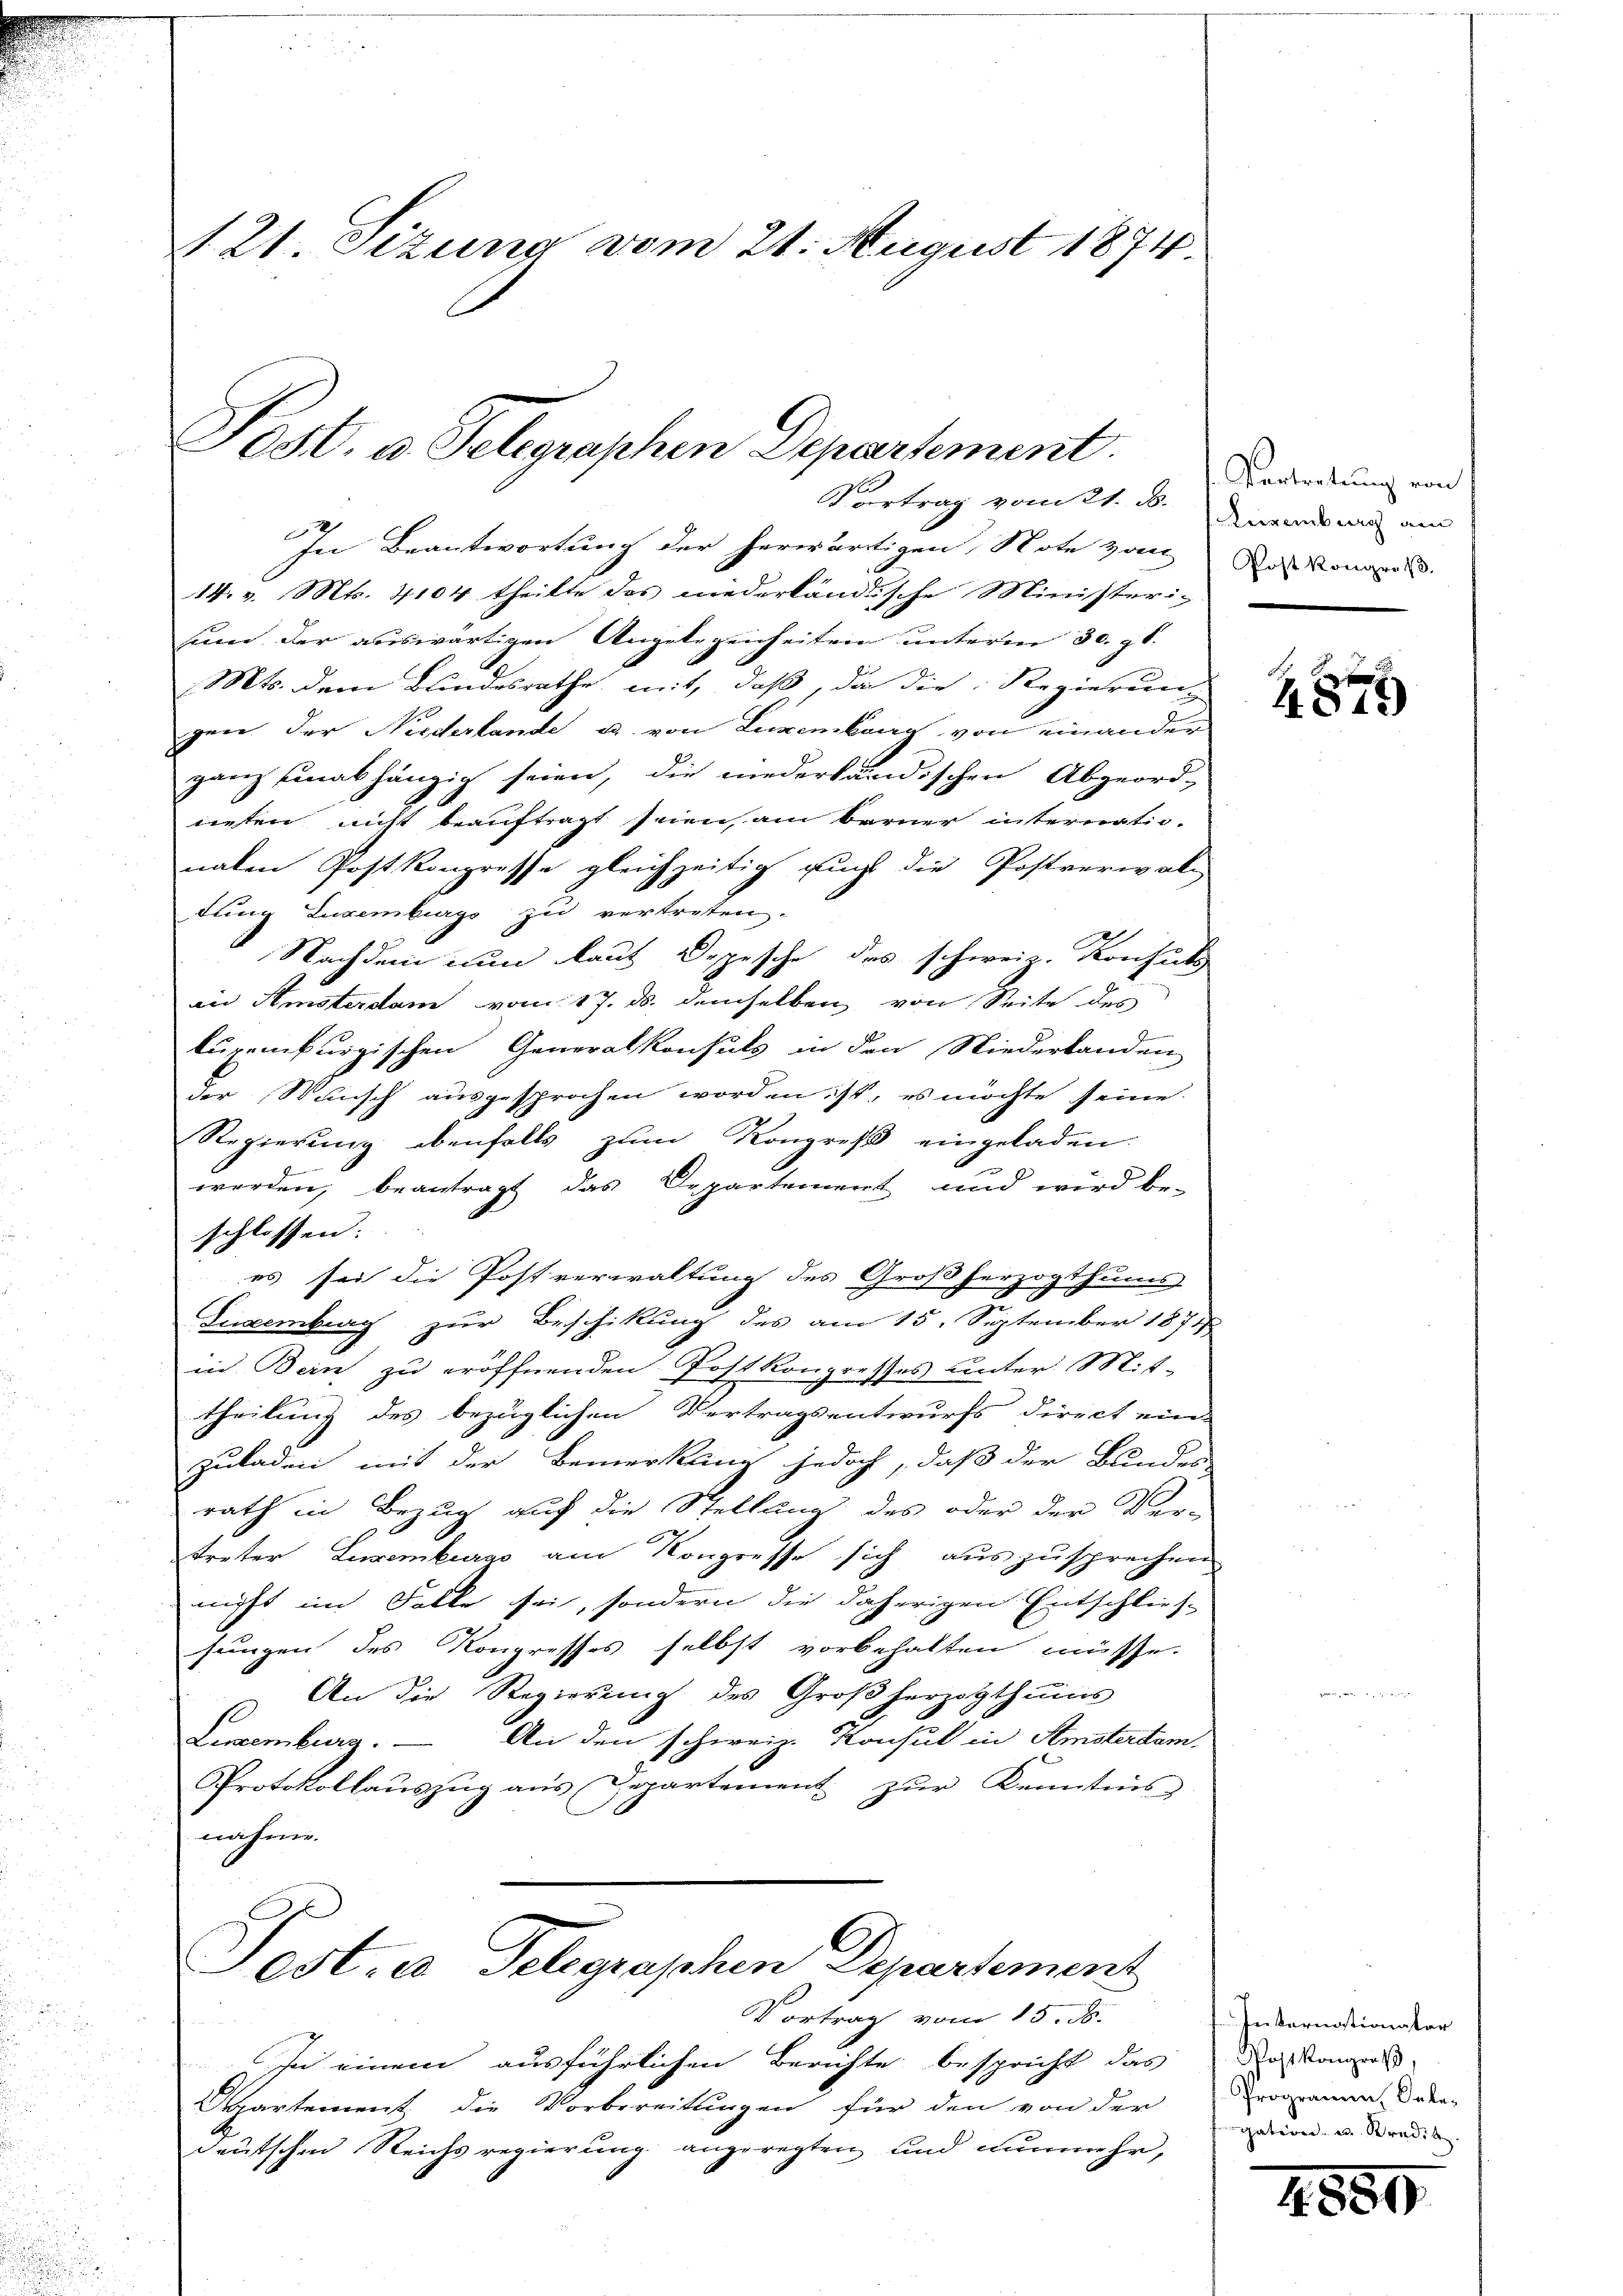
121. Setzung vom 21. August 1874.

Fost. a. Telegraphen Departement

Vortrag vom 21. d. Augensrich am
In Beantwortung der herwärtigen, Note von
14. v. Mts. 4104 theilte des niederländische Ministeri-
sum der auswärtigen Angelegenheiten unterm 30. gl.
Mts. dem Bundesrathe mit, daß, da die Regierung
gen der Niederlande u. von Luxenburg von einander
ganz hinabhängig seien, die niederländischen Abgeord-
neten nicht beauftragt seien, am Berner internatio-
naten Postkongresse gleichzeitig auch die Postverwal-
tung Luxenburgs zu vertreten.
Nachdem nun laut Depesche des schweiz. Konsuls
au Amsterdam vom 17. ds. demselben von Seite des
luxenburgischen Generalkonsuls in den Niederbanden
der Stunsch ausgesprochen worden ist, es möchte seine
Regierung ebenfalls zum Kongreß eingeladen.
werden, beantragt das Departement und wird be-
schlossen:
es sei die Postverwaltung des Großherzogthums
Luxenburg zur Beschikung des am 15. September 1871
in Bein zu eröffnenden Postkongresses unter Mit-
theilung des bezüglichen Vertragsentwurfs direct ein
zuladen mit der Bemerkung jedoch, daß der Bunden
rath in Bezug auf die Stellung des oder der Ver-
treter Leemburg am Kongresse sich auszusprechen.
nicht im Falle sei, sondern die daherigen Entschlies-
chungen des Kongresses selbst vorbehalten müsse.
An die Regierung des Großherzogthums
Luxenburg. — An den schweiz. Konsul in Amstertem
Protokollaŭszŭg aŭs Departement zŭr Kenntnis
nahme.
Post. a Telegraphen Departement
Vortrag vom 15. ds.
In einem ausführlichen Berichte bespricht das die Kongress
Departement die Vorbereitungen für den von der Programmen. Soden-
deutschen Reichsregierung angeregten und nunmehr,

.Vertratung von
Post Kongreß.

4847)

Internationsler
gation u. Kredit

4559.